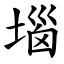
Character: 堖